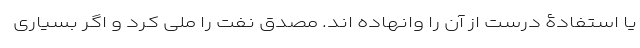
یا استفادۀ درست از آن را وانهاده اند. مصدق نفت را ملی کرد و اگر بسیاری